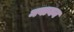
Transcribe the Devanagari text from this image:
नवायन